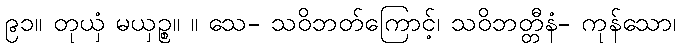
၉၁။ တုယှံ မယှဉ္စ။ ။ သေ- သဝိဘတ်ကြောင့်၊ သဝိဘတ္တီနံ- ကုန်သော၊